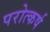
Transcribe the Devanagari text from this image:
परोत्कर्ष